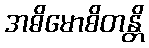
အဓိမောစိတန္တိ